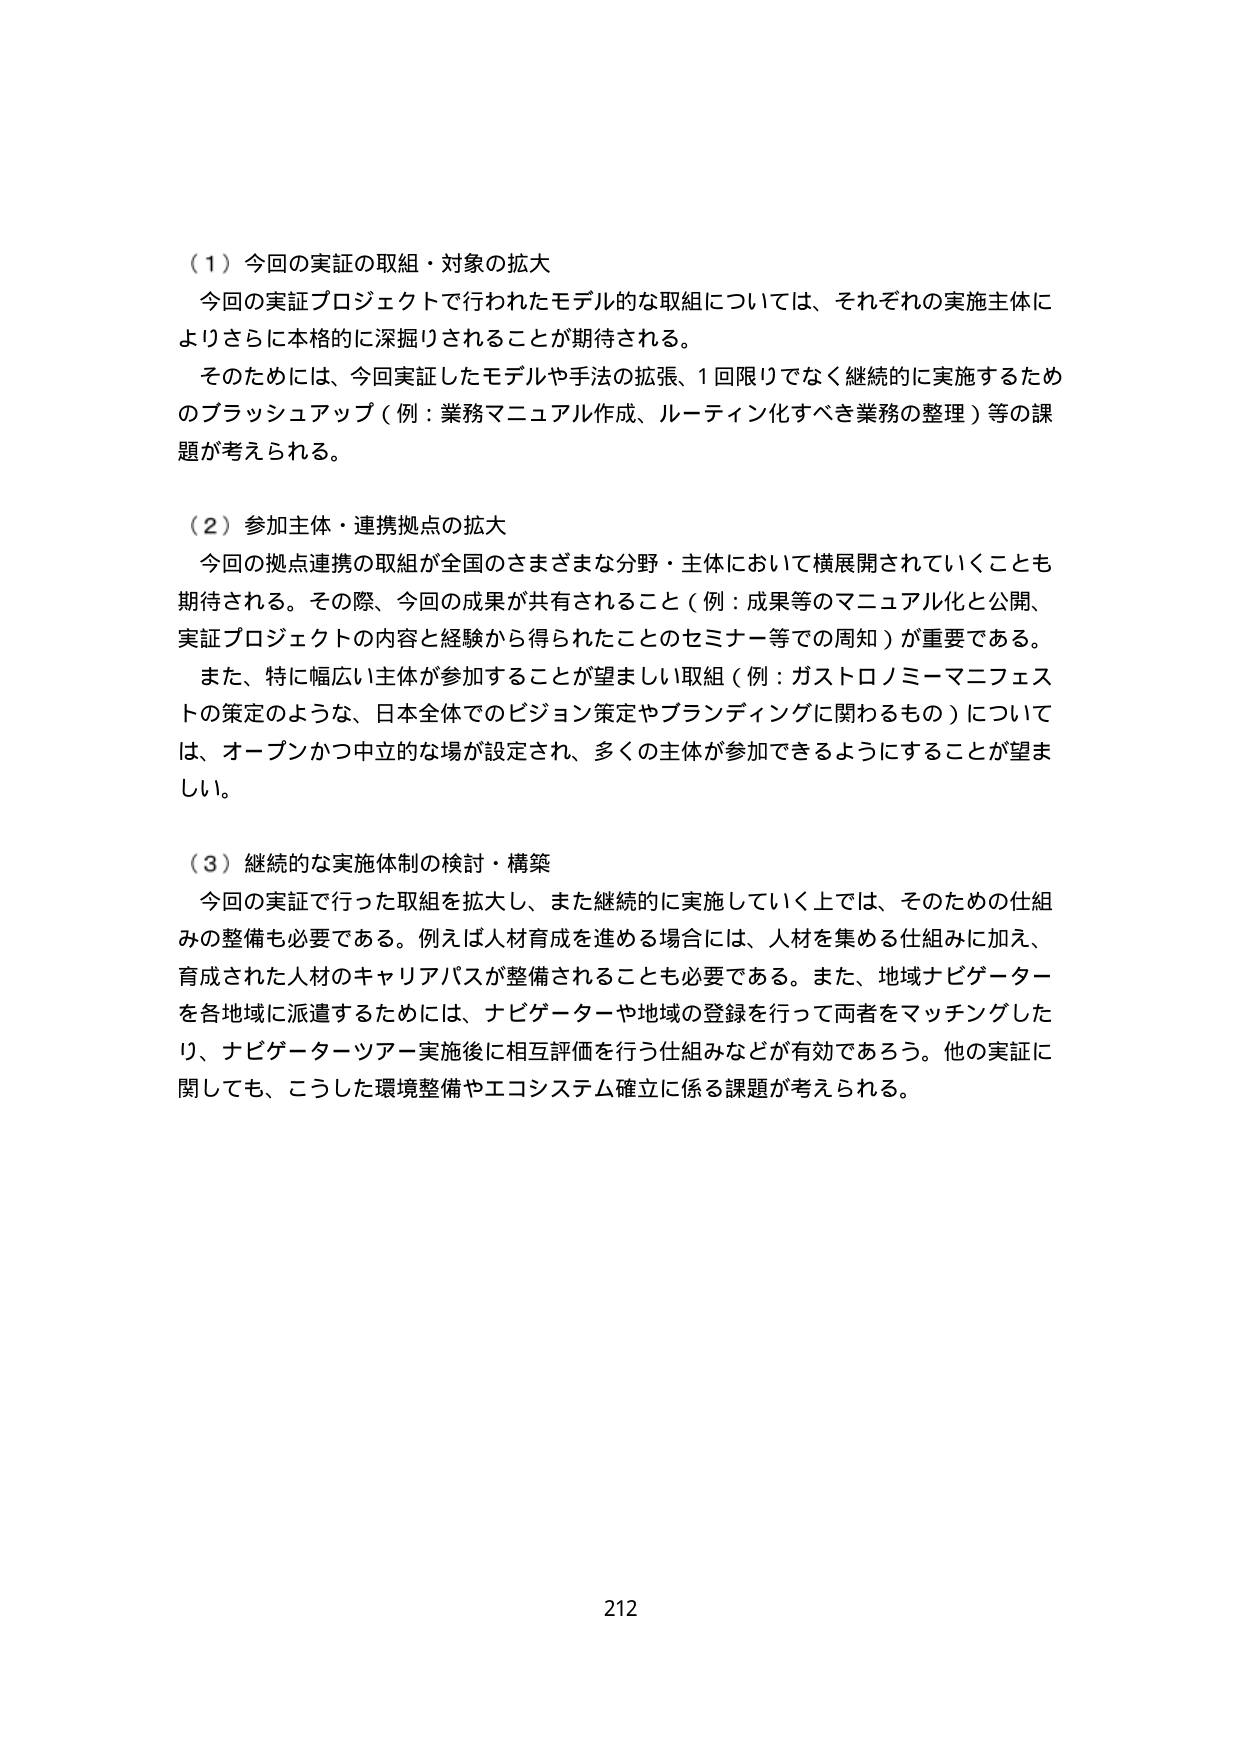
（１）今回の実証の取組・対象の拡大
今回の実証プロジェクトで行われたモデル的な取組については、それぞれの実施主体によりさらに本格的に深掘りされることが期待される。
そのためには、今回実証したモデルや手法の拡張、１回限りでなく継続的に実施するためのブラッシュアップ（例：業務マニュアル作成、ルーティン化すべき業務の整理）等の課題が考えられる。

（２）参加主体・連携拠点の拡大
今回の拠点連携の取組が全国のさまざまな分野・主体において横展開されていくことも期待される。その際、今回の成果が共有されること（例：成果等のマニュアル化と公開、実証プロジェクトの内容と経験から得られたことのセミナー等での周知）が重要である。
また、特に幅広い主体が参加することが望ましい取組（例：ガストロノミーマニフェストの策定のような、日本全体でのビジョン策定やブランディングに関わるもの）については、オープンかつ中立的な場が設定され、多くの主体が参加できるようにすることが望ましい。

（３）継続的な実施体制の検討・構築
今回の実証で行った取組を拡大し、また継続的に実施していく上では、そのための仕組みの整備も必要である。例えば人材育成を進める場合には、人材を集める仕組みに加え、育成された人材のキャリアパスが整備されることも必要である。また、地域ナビゲーターを各地域に派遣するためには、ナビゲーターや地域の登録を行って両者をマッチングしたり、ナビゲーターツアー実施後に相互評価を行う仕組みなどが有効であろう。他の実証に関しても、こうした環境整備やエコシステム確立に係る課題が考えられる。

212